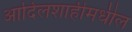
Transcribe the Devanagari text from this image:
आदिलशाहीमधील